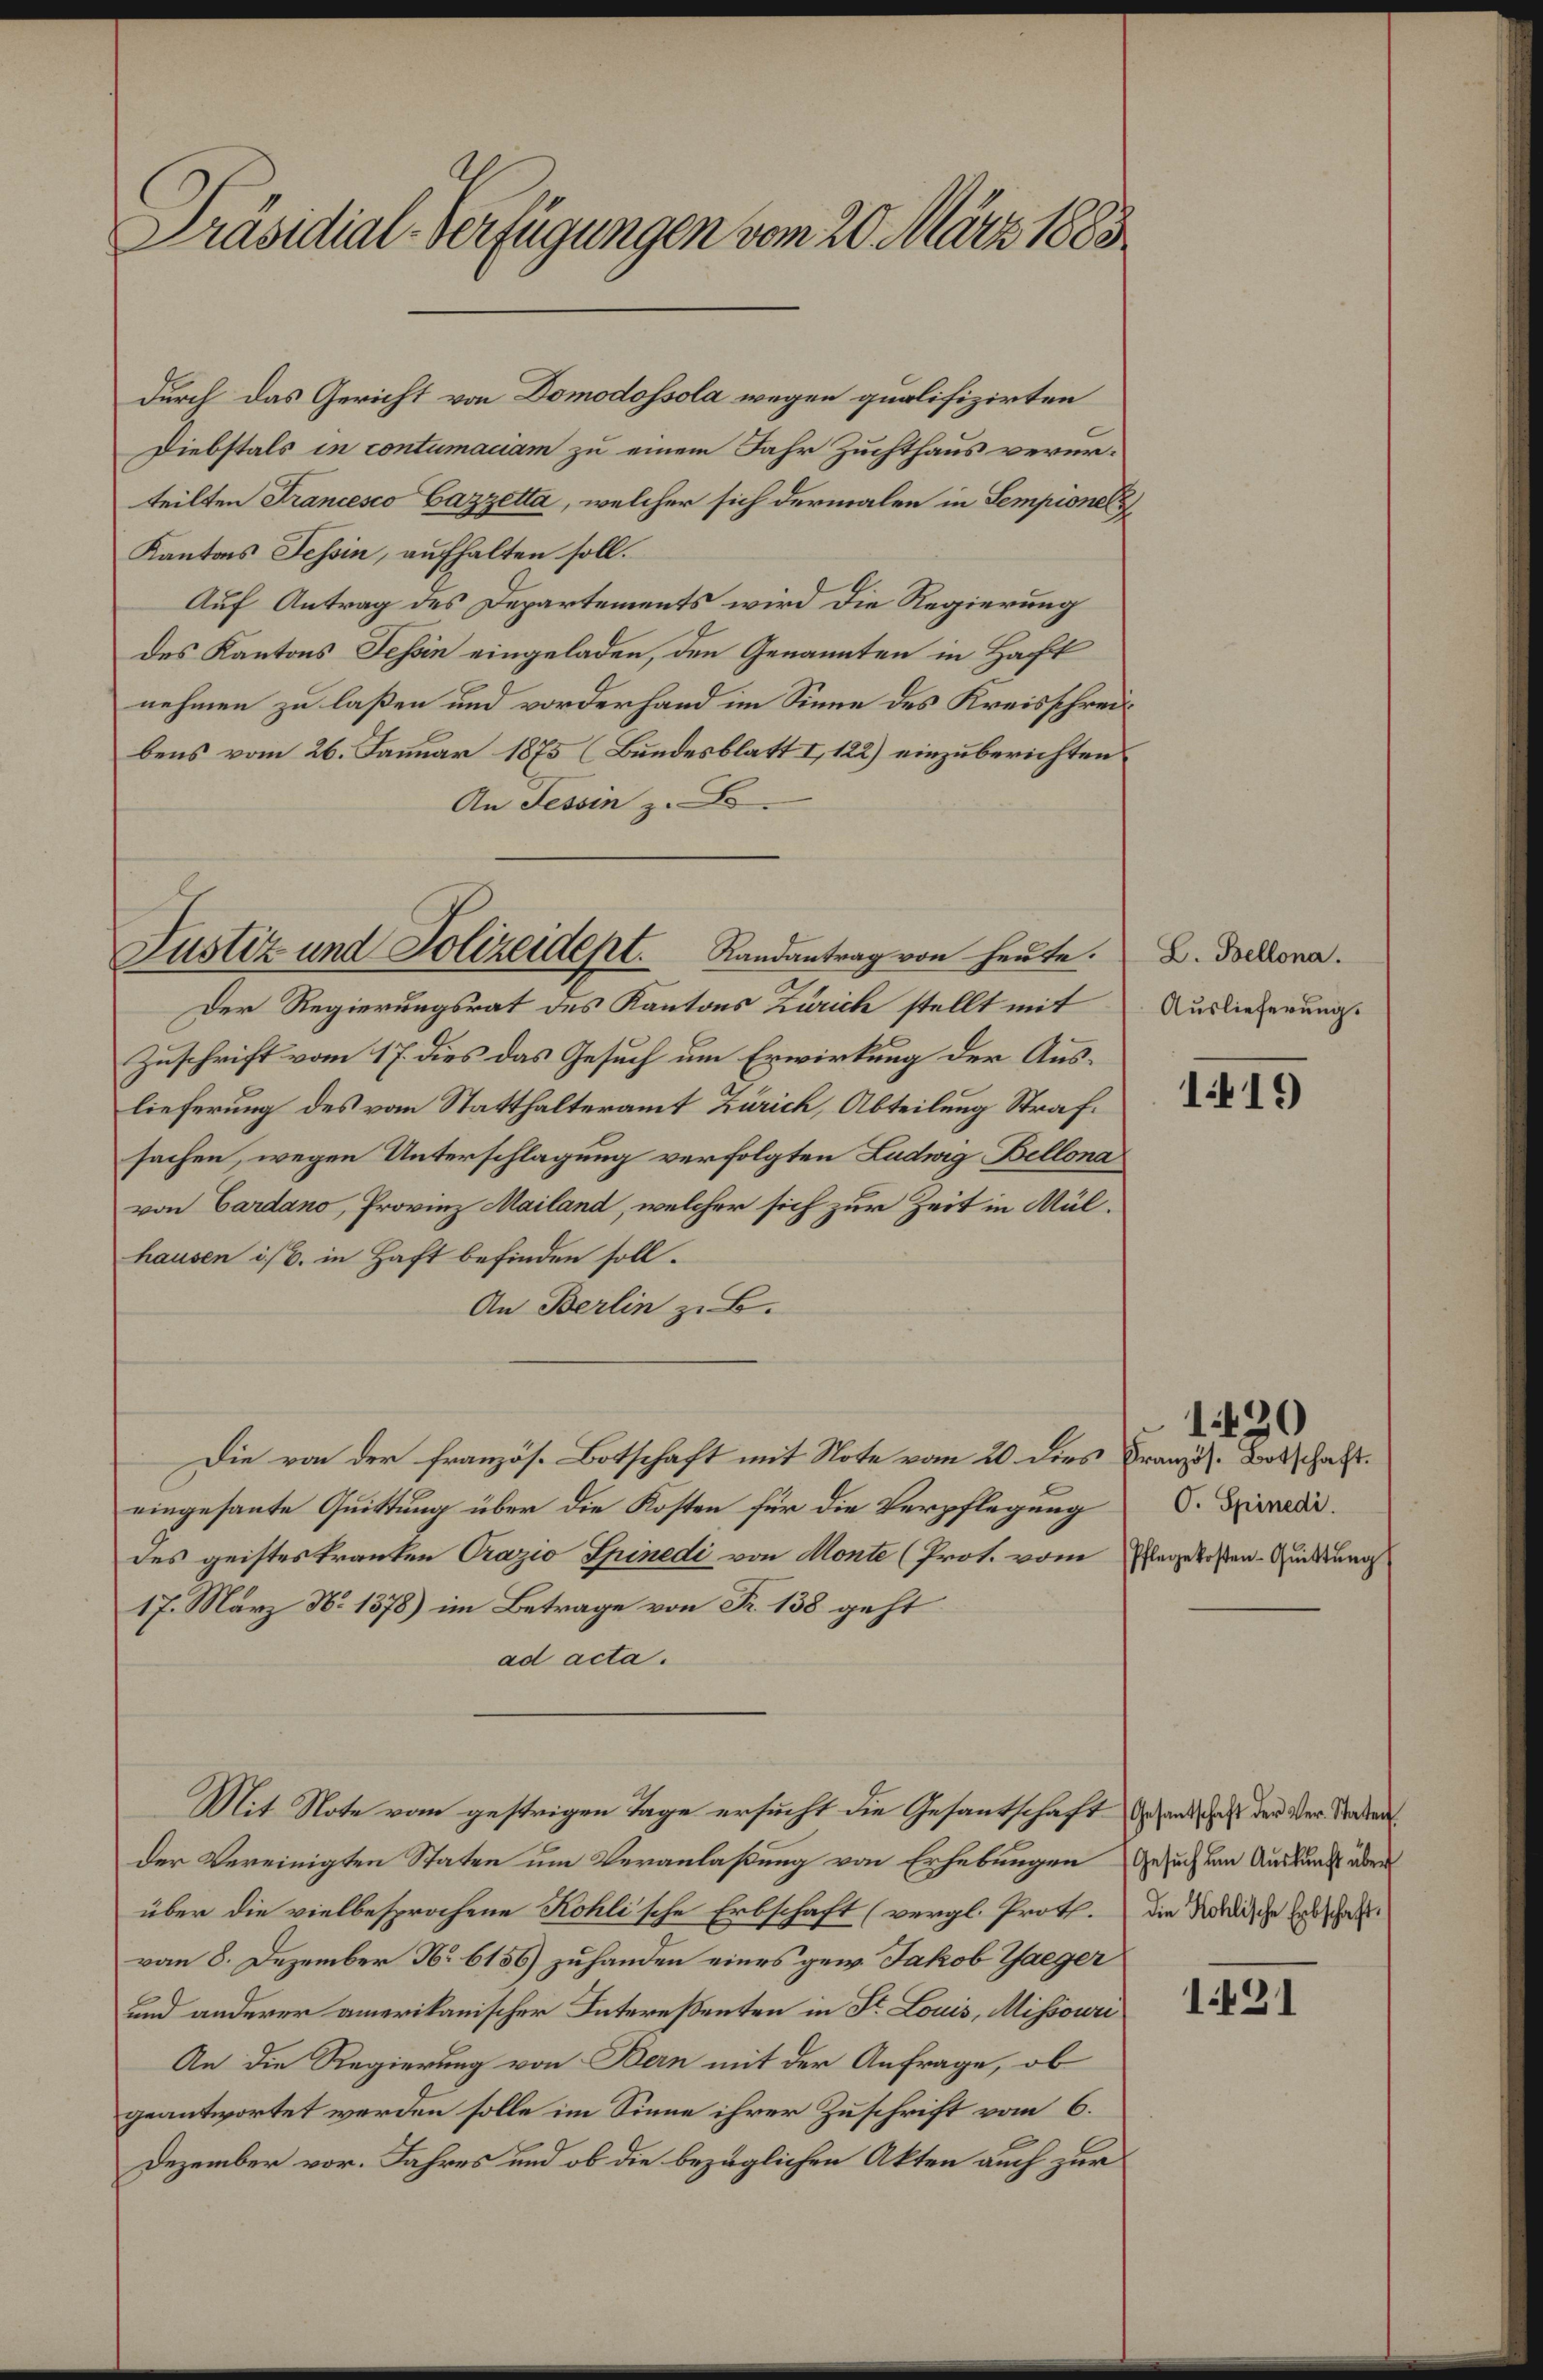
Präsidial-Verfügungen vom 20. März 1883

Justiz und Polizeidept. Randantrag von heute.

Durch das Gericht von Domodossola wegen qualifizirten
Diebstals in contumaciam zu einem Jahr Zuchthaus verurteilten Francesco Gazzetta, welcher sich dermalen in Sempionel
Kantons Tessin, aufhalten soll.
Auf Antrag des Departements wird die Regierung
des Kantons Tessin eingeladen, den Genannten in Haft
nehmen zu laßen und vorderhand im Sinne des Kreisschreibens vom 26. Januar 1875 (Bundesblatt I, 122) einzuberichten.
An Tessin z. B.
Der Regierungsrat des Kantons Zürich stellt mit
Zuschrift vom 17. dies das Gesuch um Erwirkung der Auslieferung des vom Statthalteramt Zürich, Abteilung Strafsachen, wegen Unterschlagung verfolgten Ludwig Bellona
von Cardano, Provinz Mailand, welcher sich zur Zeit in Mülhausen ist. in Haft befinden soll.
An Berlin zu B.
Die von der französ. Botschaft mit Note vom 20. dies Französ. Botschaft.
eingesante Quittung über die Kosten für die Verpflegung
des geisteskranken Orazio Spinedi von Monte (Prot. vom Tage kosten-Quittura
17. März No 1378) im Betrage von Fr. 138 geht
ad acta.
Mit Note vom gestrigen Tage ersucht die Gesandschaft erhande aus der der Staaten
der Vereinigten Staten um Veranlaßung von Erhebungen Gesuch den Auskunft über
über die vielbesprochene Kohlische Erbschaft (vergl. Prot. Die Nordische Abschaft
vom 8. Dezember No 6156) zuhanden eines gew. Jakob Gaeger
und anderer amerikanischer Interessenten in St. Louis, Missouri
An die Regierung von Bern mit der Anfrage, ob
geantwortet werden solle im Sinne ihrer Zuschrift vom 6.
Dezember vor. Jahres und ob die bezüglichen Akten auch zur

L. Bellona.
Auslieferung.

1419

O. Spinedi

1430

1431